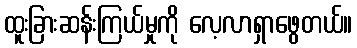
ထူးခြားဆန်းကြယ်မှုကို လေ့လာရှာဖွေတယ်။